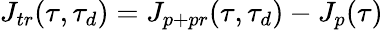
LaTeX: J_{tr}(\tau,\tau_{d})=J_{{p}+{pr}}(\tau,\tau_{d})-J_{{p}}(\tau)